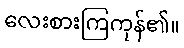
လေးစားကြကုန်၏။